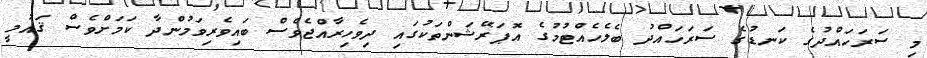
މި ސަރަހައްދުގެ ކަނޑުގެ ސަރަހައްދު ބެލެހެއްޓުމުގެ އޮޕަރޭޝަންތަކުގައި ދިވެހިރާއްޖެވެސް ބައިވެރިވަމުންދާ ކަމަށްވެސް ޤައުމީ